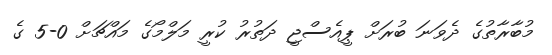
މުބާރާތުގެ ދެވަނަ ބުރަށް ޕީއެސްޖީ ދަތުރު ކުރީ މަލްމޯގެ މައްޗަށް 0-5 ގެ